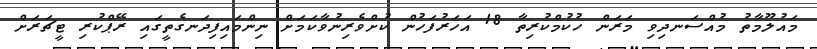
މައުލޫމާތު މުއްސަނދިވި މަރަން ހުކުމްކުރިތާ 18 އަހަރުފަހުން ކުށްވެރިނުވާކަމަށް ނިންމައިފިދަނގެތީގައި ރޭޕްކުރި ޓީޗަރަށް